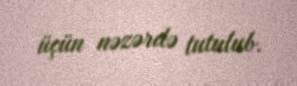
üçün nəzərdə tutulub.